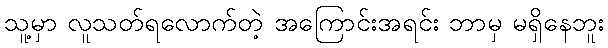
သူ့မှာ လူသတ်ရလောက်တဲ့ အကြောင်းအရင်း ဘာမှ မရှိနေဘူး